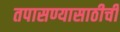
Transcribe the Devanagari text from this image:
तपासण्यासाठीची